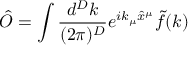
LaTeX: \hat { \cal O } = \int \frac { d ^ { D } k } { ( 2 \pi ) ^ { D } } e ^ { i k _ { \mu } \hat { x } ^ { \mu } } \tilde { f } ( k )